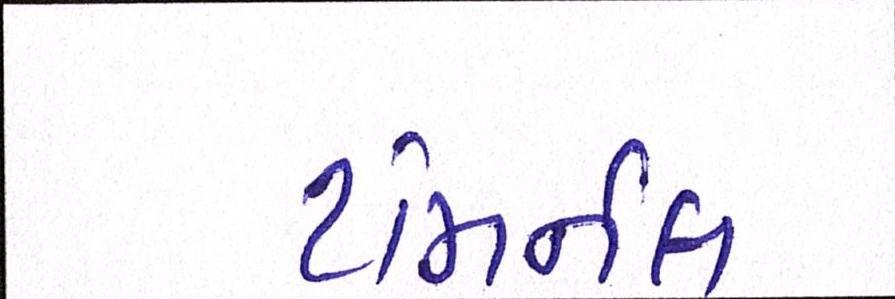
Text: ટમિર્નલ